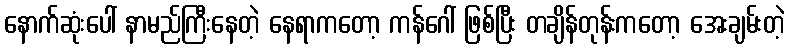
နောက်ဆုံးပေါ် နာမည်ကြီးနေတဲ့ နေရာကတော့ ကန်ဂေါ် ဖြစ်ပြီး တချိန်တုန်းကတော့ အေးချမ်းတဲ့